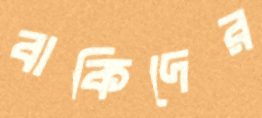
বাকিদের